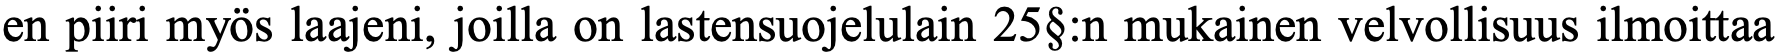
en piiri myös laajeni, joilla on lastensuojelulain 25§:n mukainen velvollisuus ilmoittaa